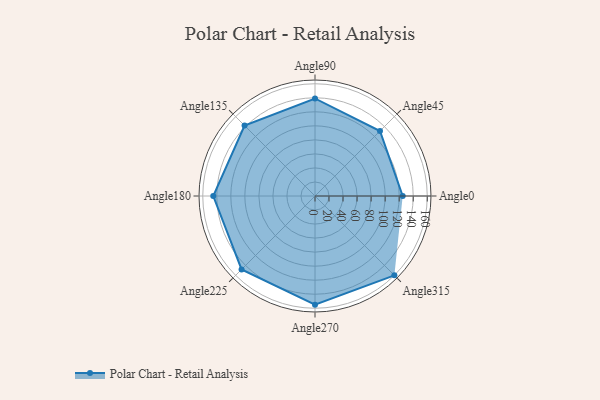
{"axis": {"x": "Angle", "y": "Radius"}, "legend": [""], "data": [{"x": "Angle0", "y": 125.0, "type": ""}, {"x": "Angle45", "y": 131.0, "type": ""}, {"x": "Angle90", "y": 139.0, "type": ""}, {"x": "Angle135", "y": 142.0, "type": ""}, {"x": "Angle180", "y": 145.0, "type": ""}, {"x": "Angle225", "y": 148.0, "type": ""}, {"x": "Angle270", "y": 155.0, "type": ""}, {"x": "Angle315", "y": 160.0, "type": ""}]}